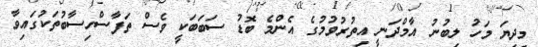
މިދިޔަ މަހު ލިބުނު އާމްދަނީ އިތުރުވުމުގެ އެންމެ ބޮޑު ސަބަބަކީ ވެސް ތަފާސްހިސާބުތަކުގައިވާ